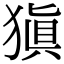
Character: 𤠶